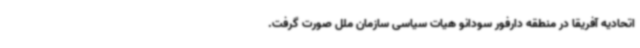
اتحادیه آفریقا در منطقه دارفور سودانو هیات سیاسی سازمان ملل صورت گرفت.